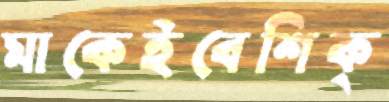
মাকেইবেশিক্